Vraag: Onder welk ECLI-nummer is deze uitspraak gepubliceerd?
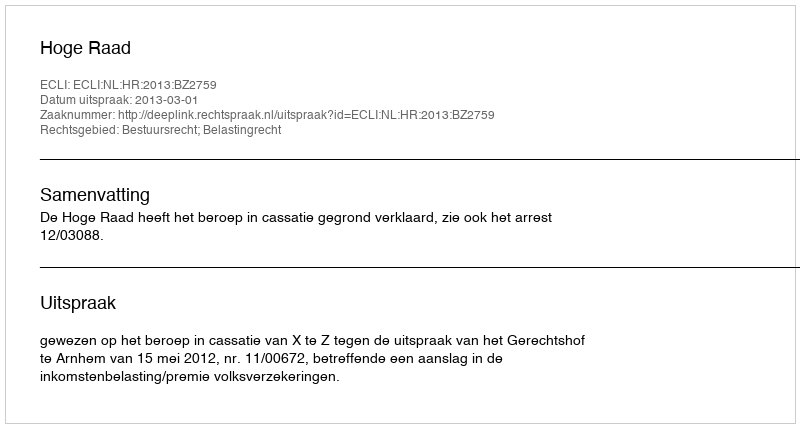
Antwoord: ECLI:NL:HR:2013:BZ2759